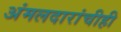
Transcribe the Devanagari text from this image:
अंमलदारांचीही